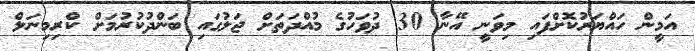
އަމީން ހައްޔަރުކޮށްފައި މިވަނީ އޭނާ 30 ދުވަހުގެ މުއްދަތަށް ޖަލުގައި ބަންދުކުރުމަށް ކްރިމިނަލް